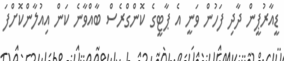
ޑީއާރުޕީން ދާދި ފަހުން ވަނީ އެ ޕާޓީގެ ކޮންގްރެސް ބާއްވާނެ ކަން އިއުލާންކޮށްފަ